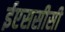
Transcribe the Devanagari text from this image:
ईएससीसी